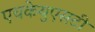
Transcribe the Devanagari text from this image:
एचकेयुएसटी